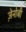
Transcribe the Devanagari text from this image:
ज़ेनोबी